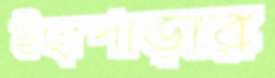
ইছাপাড়ার